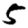
Digit: 5